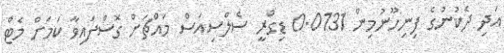
އަދި ދެކުނުގެ ފިނިހޫނުމިން 0.0131 ޑިގްރީ ސެލްސިއަސް މައްޗަށް ގޮސްފައިވާ ކަމަށް މެޓް